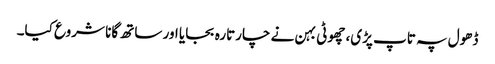
ڈھول پہ تاپ پڑی، چھوٹی بہن نے چارتارہ بجایا اور ساتھ گانا شروع کیا۔